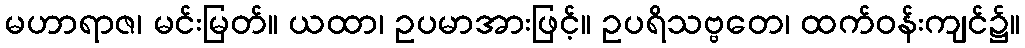
မဟာရာဇ၊ မင်းမြတ်။ ယထာ၊ ဥပမာအားဖြင့်။ ဥပရိသဗ္ဗတေ၊ ထက်ဝန်းကျင်၌။